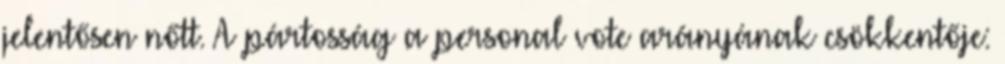
jelentősen nőtt. A pártosság a personal vote arányának csökkentője: